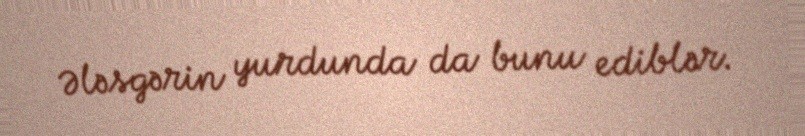
Ələsgərin yurdunda da bunu ediblər.